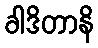
ခါဒိတာနိ